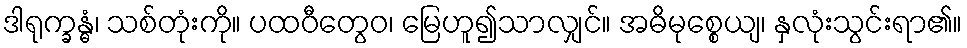
ဒါရုက္ခန္ဓံ၊ သစ်တုံးကို။ ပထဝီတွေဝ၊ မြေဟူ၍သာလျှင်။ အဓိမုစ္စေယျ၊ နှလုံးသွင်းရာ၏။